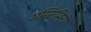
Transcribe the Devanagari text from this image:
मस्सिमिनो